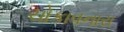
ચોકાવનારા